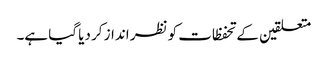
متعلقین کے تحفظات کو نظر انداز کر دیا گیا ہے۔